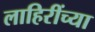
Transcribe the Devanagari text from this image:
लाहिरींच्या